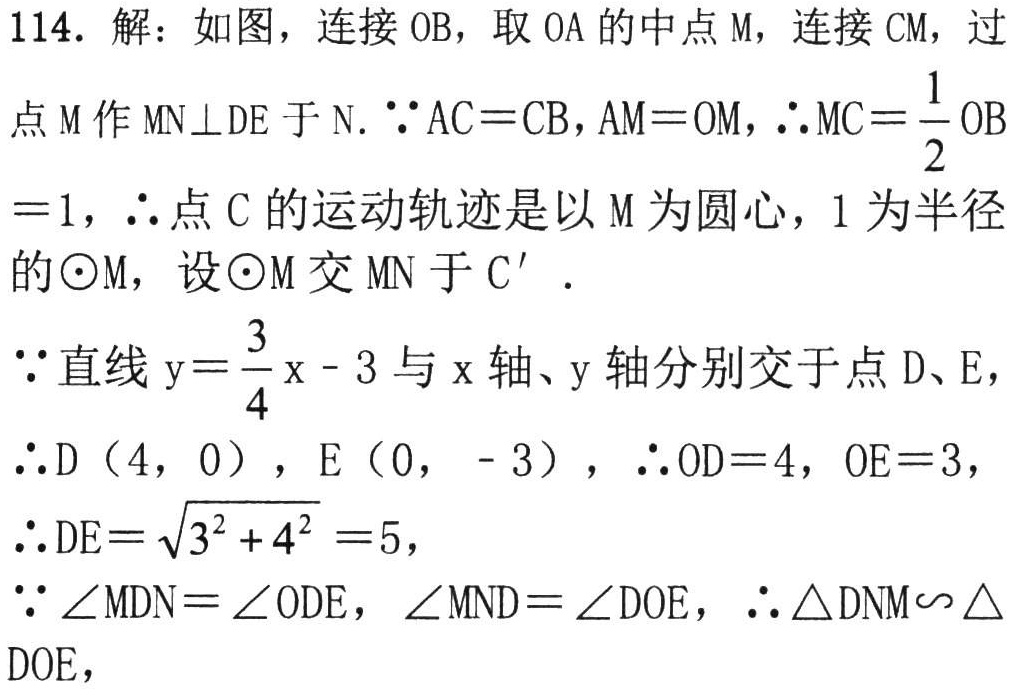
114. 解：如图，连接\(OB\)，取\(OA\)的中点\(M\)，连接\(CM\)，过
点\(M\)作\(MN\perp DE\)于\(N\). \(\because AC = CB\)，\(AM = OM\)，\(\therefore MC=\dfrac{1}{2}OB\)
\( = 1\)，\(\therefore\)点\(C\)的运动轨迹是以\(M\)为圆心，\(1\)为半径
的\(\odot M\)，设\(\odot M\)交\(MN\)于\(C'\).
\(\because\)直线\(y = \dfrac{3}{4}x - 3\)与\(x\)轴、\(y\)轴分别交于点\(D\)、\(E\)，
\(\therefore D(4,0)\)，\(E(0,- 3)\)，\(\therefore OD = 4\)，\(OE = 3\)，
\(\therefore DE=\sqrt{3^{2}+4^{2}} = 5\)，
\(\because\angle MDN=\angle ODE\)，\(\angle MND=\angle DOE\)，\(\therefore\triangle DNM\backsim\triangle DOE\)，